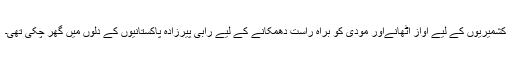
کشمیریوں کے لیے آواز اٹھانےاور مودی کو براہ راست دھمکانے کے لیے رابی پیرزادہ پاکستانیوں کے دلوں میں گھر چکی تھی۔